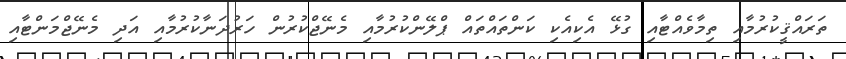
ތަރައްޤީކުރުމާއި ތިމާވެއްޓާއި ގުޅޭ އެކިއެކި ކަންތައްތައް ޕްލޭންކުރުމާއި މެނޭޖްކުރުން ހަރުދަނާކުރުމާއި އަދި މެނޭޖްމަންޓާއި